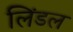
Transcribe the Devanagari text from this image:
लिंडल